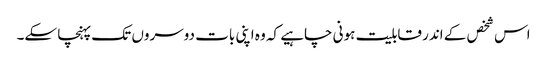
اس شخص کے اندر قابلیت ہونی چاہیے کہ وہ اپنی بات دوسروں تک پہنچا سکے۔